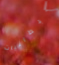
البطانيات